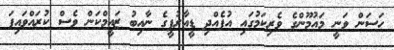
ހަސަން ވަނީ މައުމޫންގެ ވެރިކަމުގައި އުފެއްދި ޑީއާރުޕީގެ ނާއިބު ޒައީމްކަން ވެސް ކުރައްވައިފަ